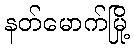
နတ်မောက်မြို့